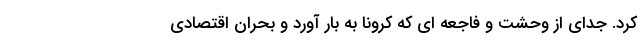
کرد. جدای از وحشت و فاجعه ای که کرونا به بار آورد و بحران اقتصادی